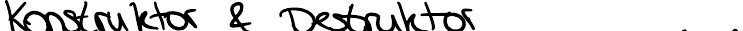
Konstruktor & Destruktor